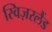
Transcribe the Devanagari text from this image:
स्विज़रलैंड